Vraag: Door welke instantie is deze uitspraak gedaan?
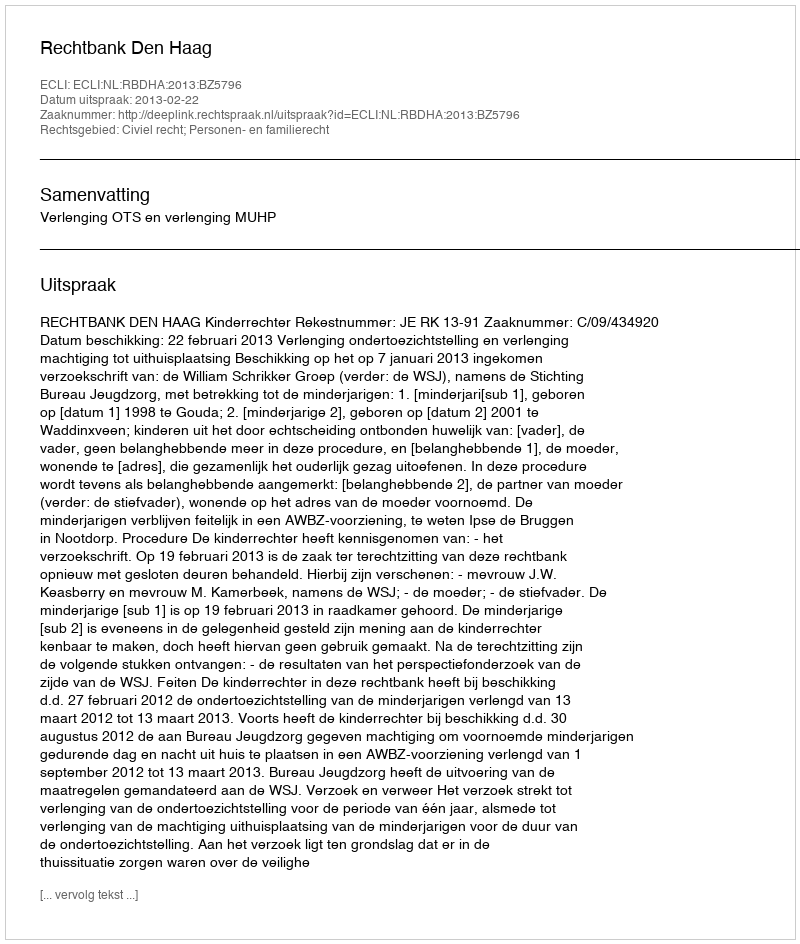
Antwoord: Rechtbank Den Haag